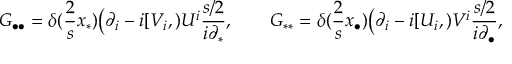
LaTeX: { \cal G } _ { \bullet \bullet } = \delta ( { \frac { 2 } { s } } x _ { \ast } ) \big ( \partial _ { i } - i [ V _ { i } , ) U ^ { i } { \frac { s / 2 } { i \partial _ { \ast } } } , \qquad { \cal G } _ { \ast \ast } = \delta ( { \frac { 2 } { s } } x _ { \bullet } ) \big ( \partial _ { i } - i [ U _ { i } , ) V ^ { i } { \frac { s / 2 } { i \partial _ { \bullet } } } ,